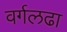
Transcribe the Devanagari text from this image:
वर्गलढा